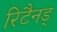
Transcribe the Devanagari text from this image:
रिटैनड्